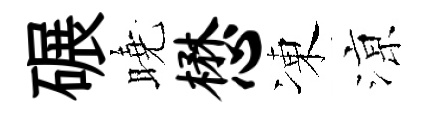
碾曉懋凍鿌